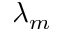
\lambda _ { m }